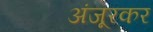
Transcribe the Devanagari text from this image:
अंजूरकर